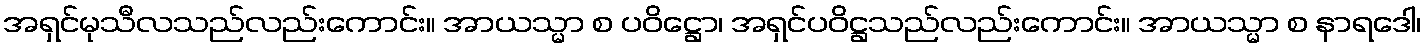
အရှင်မုသီလသည်လည်းကောင်း။ အာယသ္မာ စ ပဝိဋ္ဌော၊ အရှင်ပဝိဋ္ဌသည်လည်းကောင်း။ အာယသ္မာ စ နာရဒေါ၊